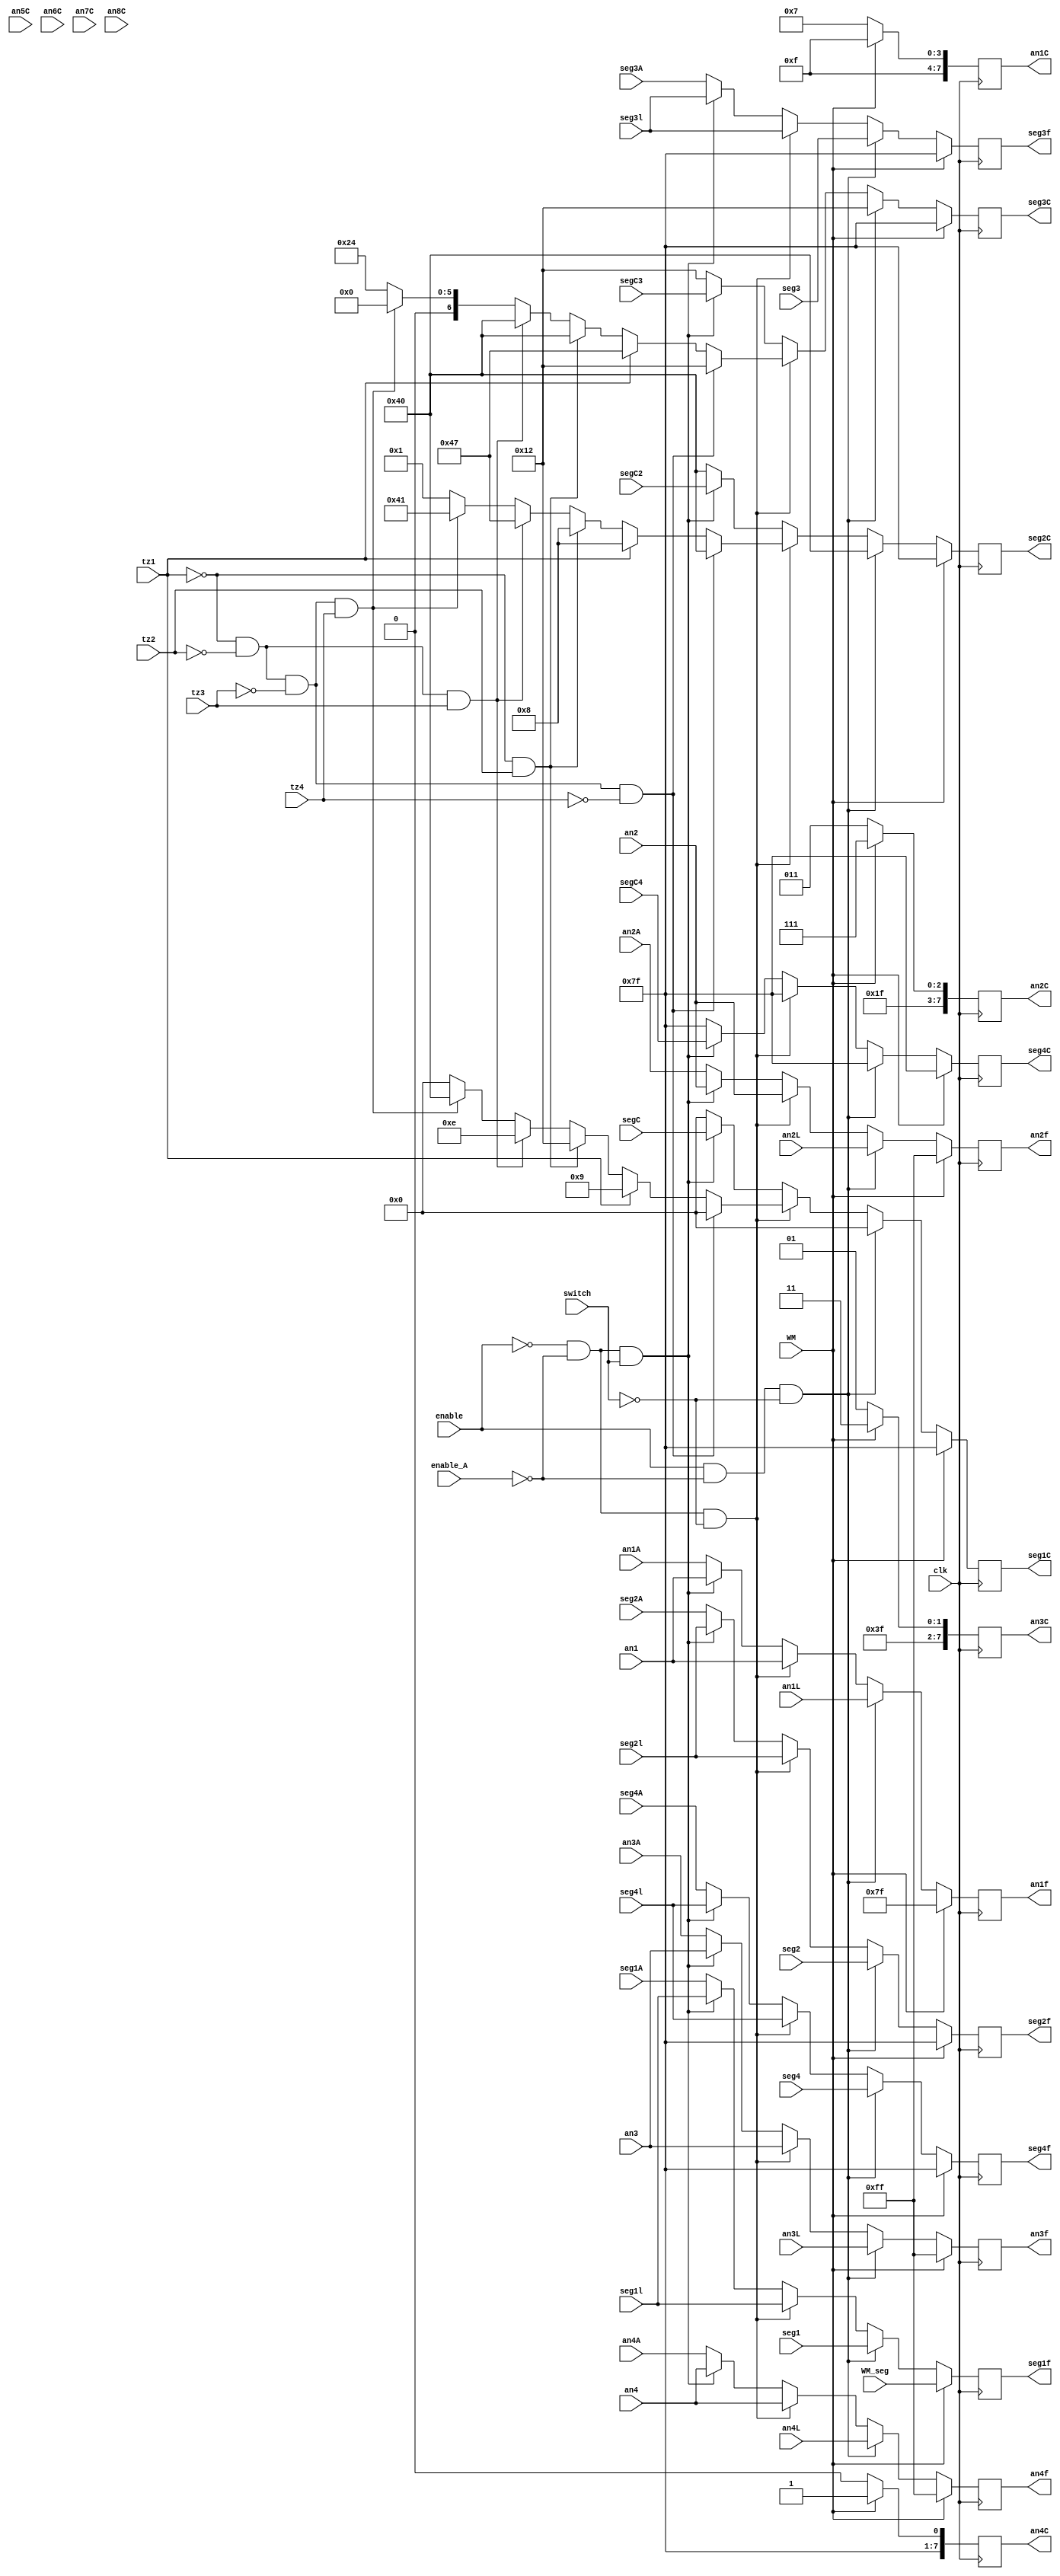
`timescale 1ns / 1ps
//////////////////////////////////////////////////////////////////////////////////
// Company: 
// Engineer: 
// 
// Design Name: 
// Module Name: mux_driver
// Project Name: 
// Target Devices: 
// Tool Versions: 
// Description: 
// 
// Dependencies: 
// 
// Revision:
// Revision 0.01 - File Created
// Additional Comments:
// 
//////////////////////////////////////////////////////////////////////////////////


module mux_driver
    (input clk,input WM,input [6:0] WM_seg,
    input tz1, input tz2, input tz3, input tz4, input switch,
    input enable, input enable_A, 
    input [7:0] an1L,input[7:0] an2L,input [7:0] an3L,input [7:0] an4L, // loader time
    input [7:0] an1,input[7:0] an2,input [7:0] an3,input [7:0] an4, //regular time
    input [7:0] an1A,input[7:0] an2A,input [7:0] an3A,input [7:0] an4A, //alarm time
    input [7:0] an5C, input [7:0] an6C, input [7:0] an7C, input [7:0] an8C,//calendar
    
    input[6:0] seg1, input [6:0] seg2,input [6:0] seg3,input [6:0] seg4,//loader segments
    input[6:0] seg1l, input [6:0] seg2l,input [6:0] seg3l,input [6:0] seg4l,//real time 
    input[6:0] seg1A, input [6:0] seg2A,input [6:0] seg3A,input [6:0] seg4A,//alarm time
    input [6:0] segC, input [6:0] segC2,input [6:0] segC3,input [6:0] segC4,//calendar 
    
    output reg [7:0] an1f,output reg [7:0] an2f,output reg [7:0] an3f, output reg [7:0] an4f, //outputs for time 
    output reg [7:0] an1C, output reg [7:0] an2C, output reg [7:0] an3C, output reg [7:0] an4C, //output for month/day
    output reg [6:0] seg1f, output reg [6:0] seg2f,output reg [6:0] seg3f,output reg [6:0] seg4f, //output for time
    output reg [6:0] seg1C, output reg [6:0] seg2C, output reg [6:0] seg3C, output reg [6:0] seg4C //output for month 
    );
    
    wire [6:0] seg_default = 7'b1111111; 
    wire [7:0] an_default = 8'b11111111;
    wire [7:0] an_letter1 = 8'b11110111;
    wire [7:0] an_letter2 = 8'b11111011; 
    wire [7:0] an_letter3 = 8'b11111101;
    wire [7:0] an_letter4 = 8'b11111110;
    
    
    always @(posedge clk) begin 
    
    //if wackamole game mode, just display the game score 
    if(WM) begin 
        an1f <= 8'b01111111; an2f<= an_default; an3f<= an_default; an4f<= an_default;
        an1C<= an_default; an2C<= an_default; an3C<= an_default; an4C<= an_default;
    
        seg1f <= WM_seg; seg2f <= seg_default; seg3f <= seg_default; seg4f <=seg_default;
        seg1C <= seg_default; seg2C <= seg_default; seg3C<= seg_default; seg4C<= seg_default;
    end
    
    //changing the current time 
    else if(enable && !enable_A && !switch) begin 
        an1f <= an1L; an2f <= an2L; an3f<=an3L; an4f<= an4L;
        seg1f <= seg1; seg2f <= seg2; seg3f <= seg3; seg4f <= seg4;
   
        an1C <=an_letter1; an2C<= an_letter2; an3C <= an_letter3; an4C <= an_letter4;
        seg1C <=7'b0000000; seg2C <= 7'b1000000; seg3C<= 7'b0010010; seg4C<=7'b1111111;
   
    end
    
    //no switches or buttons pushed aka real time 
    else if(!enable && !enable_A && !switch) begin 
    
        an1f <= an1; an2f <= an2; an3f<=an3; an4f<= an4;
        seg1f <= seg1l; seg2f <= seg2l; seg3f <= seg3l; seg4f<= seg4l;
        
         //all time zone cases, display a city based on the tz switch used 
         if (!tz1 && !tz2 && !tz3 && !tz4) begin 
            an1C <=an_letter1; an2C<= an_letter2; an3C <= an_letter3; an4C <= an_letter4;
            seg1C <=7'b0000000; seg2C <= 7'b1000000; seg3C<= 7'b0010010;  seg4C<=7'b1111111;
         end 
                   
         else if(tz1) begin 
            an1C <=an_letter1; an2C<= an_letter2; an3C <= an_letter3; an4C <= an_letter4;
            seg1C <=7'b0001001; seg2C <= 7'b0001000; seg3C<= 7'b1000111; seg4C<=7'b1111111;
         end //halifax
                 
         else if (!tz1 && tz2 ) begin 
            an1C <=an_letter1; an2C<= an_letter2; an3C <= an_letter3; an4C <= an_letter4;
            seg1C <=7'b0010010; seg2C <= 7'b0001000; seg3C<= 7'b1000000; seg4C<=7'b1111111;
         end  //sao paulo
                                                 
         else if (!tz1 && !tz2 && tz3) begin 
            an1C <=an_letter1; an2C<= an_letter2; an3C <= an_letter3; an4C <= an_letter4;
            seg1C <=7'b0001110; seg2C <= 7'b1000111; seg3C<= 7'b1000000; seg4C<=7'b1111111;
         end  //florence
                  
         else if (!tz1 && !tz2 && !tz3 && tz4) begin 
            an1C <=an_letter1; an2C<= an_letter2; an3C <= an_letter3; an4C <= an_letter4;
            seg1C <=7'b1000000; seg2C <= 7'b1000001; seg3C<= 7'b0000000; seg4C<=7'b1111111;
         end //dubai 
                  
         else begin 
            an1C <=an_letter1; an2C<= an_letter2; an3C <= an_letter3; an4C <= an_letter4;
            seg1C <=7'b0000000; seg2C <= 7'b0000001; seg3C<= 7'b0100100;end seg4C<=7'b1111111;
       
    end //end else
   
    //calendar mode to display the day and month as well 
    else if(!enable && !enable_A && switch ) begin 
          an1f <= an1; an2f <= an2; an3f<=an3; an4f<= an4; 
          seg1f <= seg1l; seg2f <= seg2l; seg3f <= seg3l; seg4f<= seg4l;
          
          //display day and month from calendar
          an1C <=an_letter1; an2C<= an_letter2; an3C <= an_letter3; an4C <= an_letter4;
          seg1C <=segC; seg2C <= segC2; seg3C<= segC3;  seg4C<= segC4; 
    end 
  
  
    // last case is if the alarm mode is set, so display the alarm time 
    else begin 
        an1f <= an1A; an2f <= an2A; an3f<=an3A; an4f<= an4A; 
        seg1f <= seg1A; seg2f <= seg2A; seg3f <= seg3A; seg4f <= seg4A;
             
        an1C <=an_letter1; an2C<= an_letter2; an3C <= an_letter3; an4C <= an_letter4;
        seg1C <=7'b0000000; seg2C <= 7'b1000000; seg3C<= 7'b0010010; seg4C<=7'b1111111;
    end
    
    end //always 
    
    
endmodule